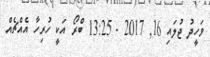
ވަހީދު ޖުލައި 16